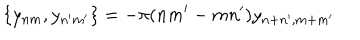
LaTeX: \{ y _ { n m } , y _ { n ^ { \prime } m ^ { \prime } } \} = - \pi ( n m ^ { \prime } - m n ^ { \prime } ) y _ { n + n ^ { \prime } , m + m ^ { \prime } }